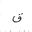
Letter: _qaf